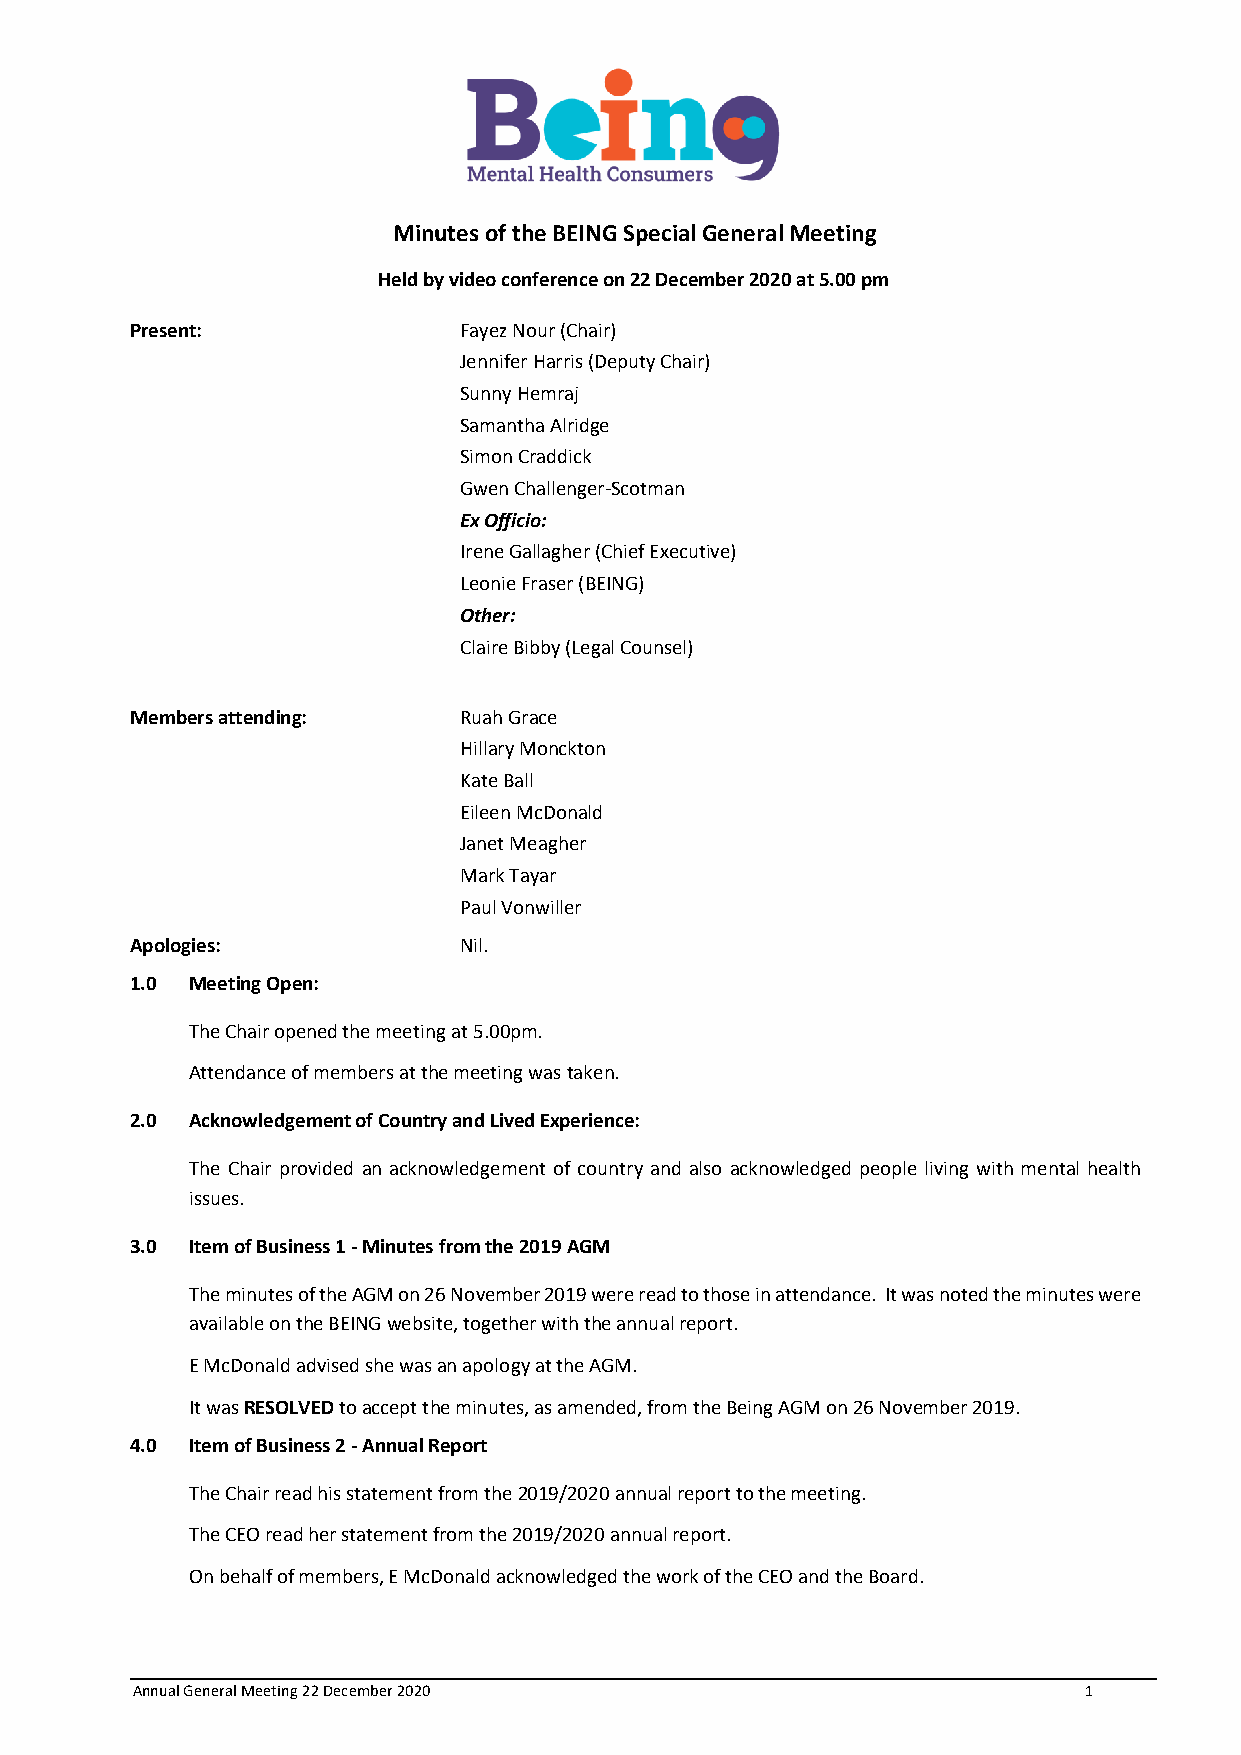
Minutes of the BEING Special General Meeting
 Held by video conference on 22 December 2020 at 5.00 pm
 Present:             Fayez Nour (Chair)
 Jennifer Harris (Deputy Chair)
 Sunny Hemraj
 Samantha Alridge
 Simon Craddick
 Gwen Challenger-Scotman
 Ex Officio:
 Irene Gallagher (Chief Executive)
 Leonie Fraser (BEING)
 Other:
 Claire Bibby (Legal Counsel)
 Members attending:   Ruah Grace
 Hillary Monckton
 Kate Ball
 Eileen McDonald
 Janet Meagher
 Mark Tayar
 Paul Vonwiller
 Apologies:           Nil.
 1.0 Meeting Open:
 The Chair opened the meeting at 5.00pm.
 Attendance of members at the meeting was taken.
 2.0 Acknowledgement of Country and Lived Experience:
 The Chair provided an acknowledgement of country and also acknowledged people living with mental health
 issues.
 3.0 Item of Business 1 - Minutes from the 2019 AGM
 The minutes of the AGM on 26 November 2019 were read to those in attendance. It was noted the minutes were
 available on the BEING website, together with the annual report.
 E McDonald advised she was an apology at the AGM.
 It was RESOLVED to accept the minutes, as amended, from the Being AGM on 26 November 2019.
 4.0 Item of Business 2 - Annual Report
 The Chair read his statement from the 2019/2020 annual report to the meeting.
 The CEO read her statement from the 2019/2020 annual report.
 On behalf of members, E McDonald acknowledged the work of the CEO and the Board.
 Annual General Meeting 22 December 2020                        1